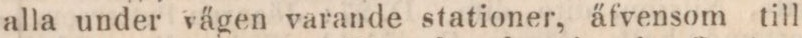
alla under vägen varande stationer, äfvensom till